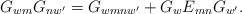
LaTeX: \begin{align*}G_{wm} G_{nw^{\prime}} = G_{wmnw^{\prime}} +G_{w}E_{mn}G_{w^{\prime}}.\end{align*}